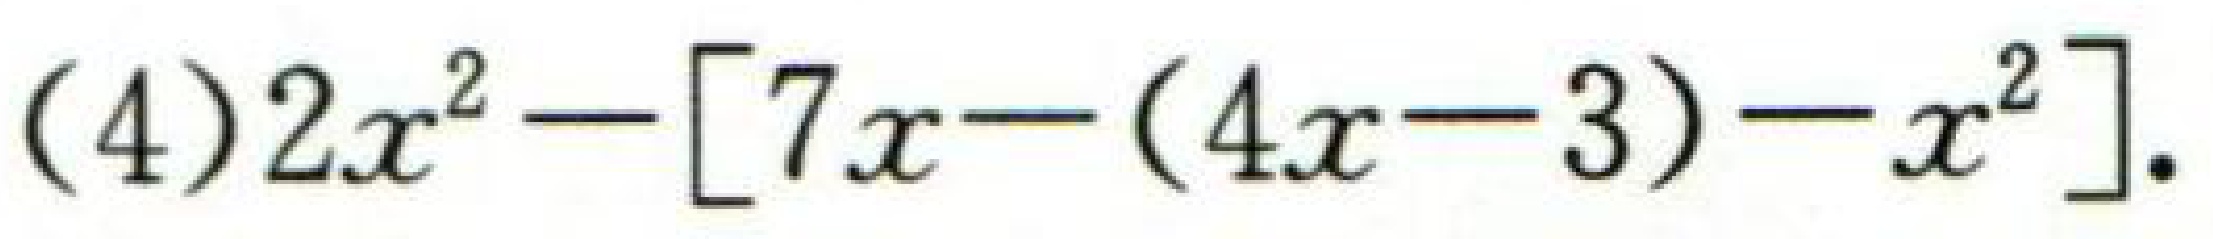
(4)\(2x^{2}-[7x-(4x - 3)-x^{2}]\).